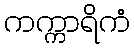
ကက္ကာရိကံ